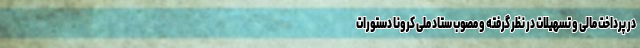
در پرداخت مالی و تسهیلات در نظر گرفته و مصوب ستاد ملی کرونا دستورات